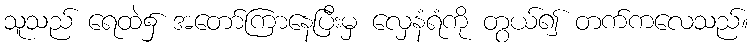
သူသည် ရေထဲ၌ အတော်ကြာနေပြီးမှ လှေနံရံကို တွယ်၍ တက်ကလေသည်။